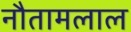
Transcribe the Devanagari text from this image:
नौतामलाल